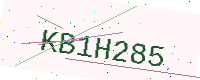
Text: KB1H285